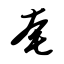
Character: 奄